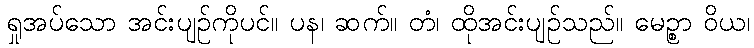
ရှုအပ်သော အင်းပျဉ်ကိုပင်။ ပန၊ ဆက်။ တံ၊ ထိုအင်းပျဉ်သည်။ မေဉ္စာ ဝိယ၊